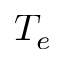
T _ { e }